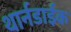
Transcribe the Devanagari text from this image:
थार्नडाईक